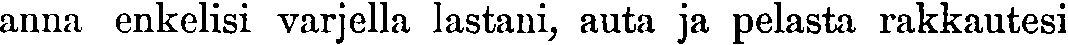
anna enkelisi varjella lastani, auta ja pelasta rakkautesi